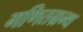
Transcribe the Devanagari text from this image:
गणितग्रन्थ